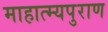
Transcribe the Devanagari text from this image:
माहात्म्यपुराण